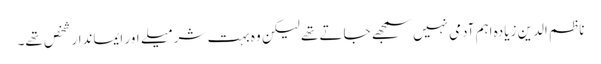
ناظم الدین زیادہ اہم آدمی نہیں سمجھے جاتے تھے لیکن وہ بہت شرمیلے اور ایماندار شخص تھے۔